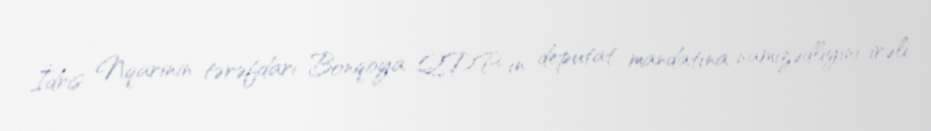
İdris Nqarinin tərəfdarı Bonqoya QDP-ın deputat mandatına namizədliyini irəli